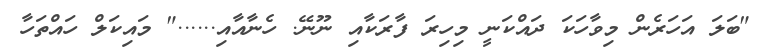
"ބަލަ އަހަރެން މިވާހަކަ ދައްކަނީ މިހިރަ ފާރަކާއި ނޫނޭ. ހެނާއާއި......" މައިކަލް ހައްތަހާ